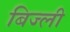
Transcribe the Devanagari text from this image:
बिज्ली